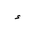
Letter: _hamza